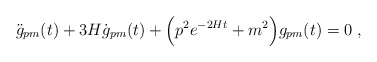
\begin{align*}\ddot{g}_{pm}(t)+3H \dot{g}_{pm}(t)+ \Bigl(p^2 e^{-2Ht} + m^2 \Bigr)g_{pm}(t)=0\ ,\end{align*}